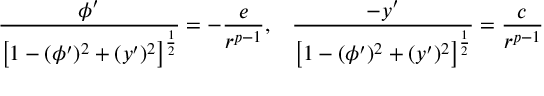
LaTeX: \frac { \phi ^ { \prime } } { \left[ 1 - ( \phi ^ { \prime } ) ^ { 2 } + ( y ^ { \prime } ) ^ { 2 } \right] ^ { \frac { 1 } { 2 } } } = - \frac { e } { r ^ { p - 1 } } , \; \; \; \frac { - y ^ { \prime } } { \left[ 1 - ( \phi ^ { \prime } ) ^ { 2 } + ( y ^ { \prime } ) ^ { 2 } \right] ^ { \frac { 1 } { 2 } } } = \frac { c } { r ^ { p - 1 } }